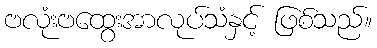
ဗလုံးဗထွေးအာလုပ်သံနှင့် ဖြစ်သည်။